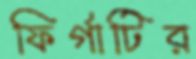
ফির্গাটির